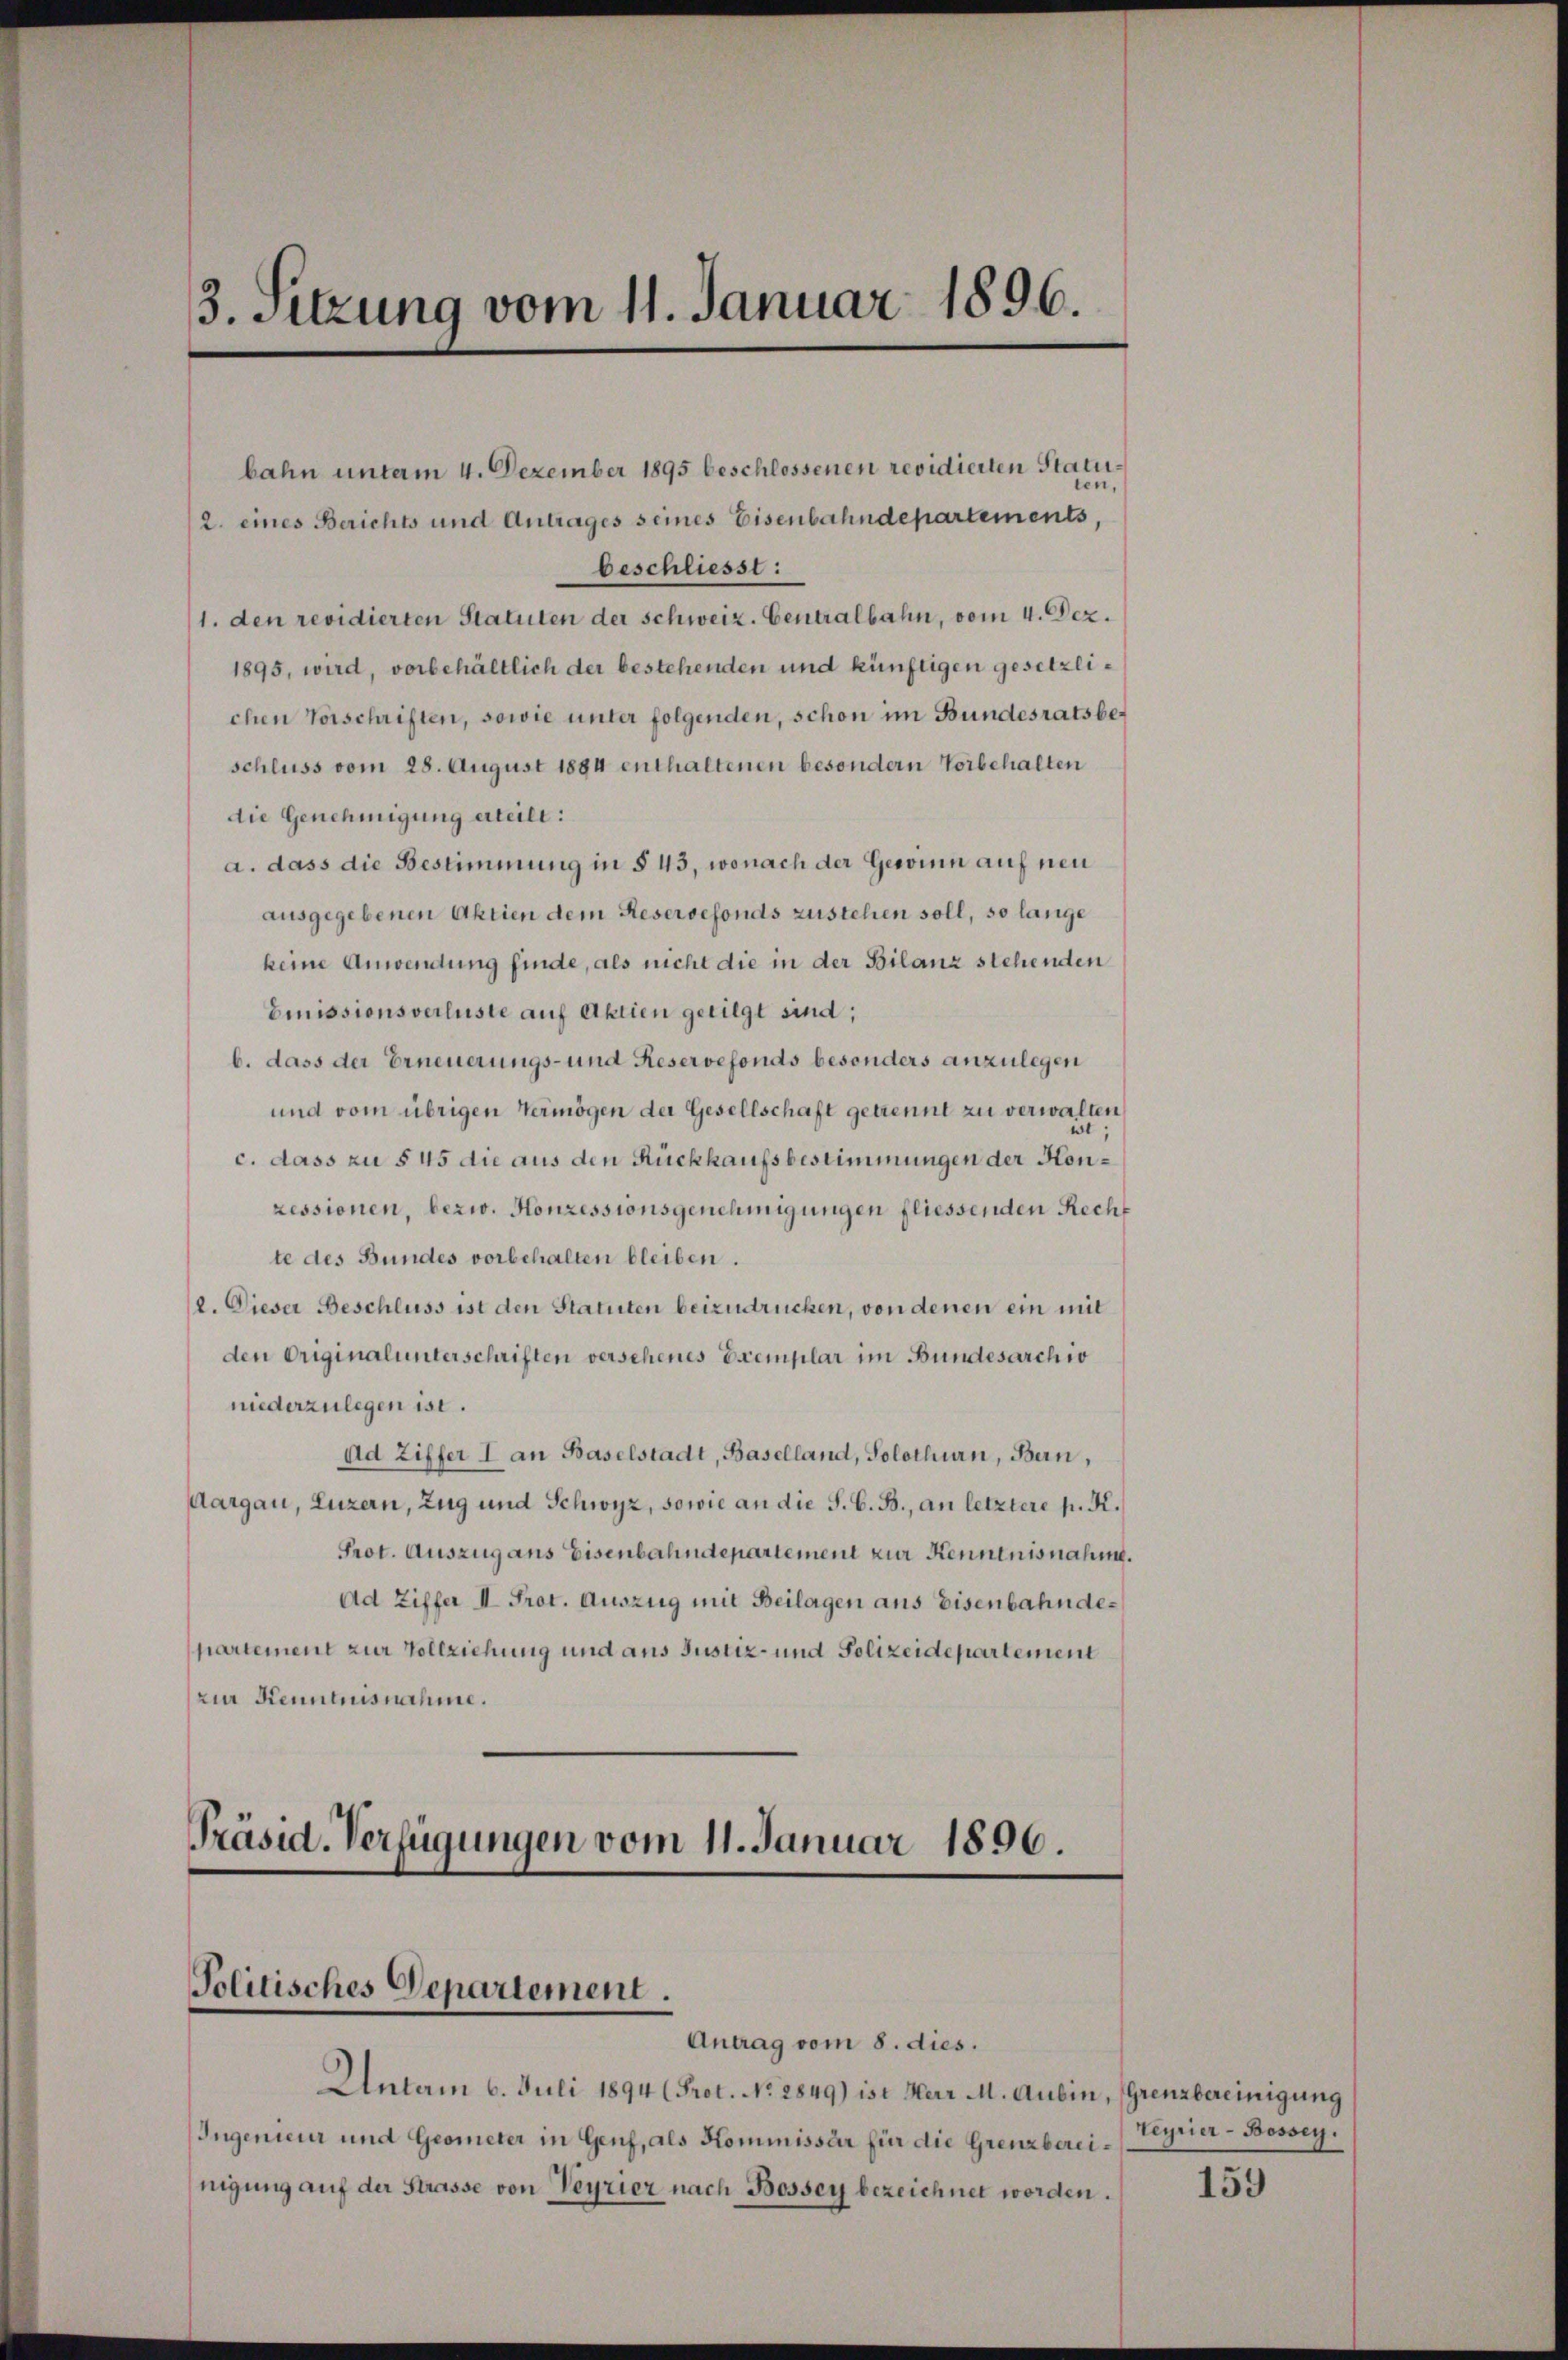
3. Sitzung vom 11. Januar 1896.

schluss vom 28. August 1884 enthaltenen besondern Vorbehalten
die Genehmigung erteilt:
a. dass die Bestimmung in § 43, wonach der Gewinn auf neu
ausgegebenen Aktien dem Reservefonds zustehen soll, so lange
keine Anwendung finde, als nicht die in der Bilanz stehenden
Emissionsverluste auf Aktien getilgt sind;
b. dass der Erneuerungs- und Reservefonds besonders anzulegen
und vom übrigen Vermögen der Gesellschaft getrennt zu verwalten
c. dass zu § 45 die aus den Rückkaufsbestimmungen der Honressionen, bezw. Konzessionsgenehmigungen fliessenden Recht
te des Bundes vorbehalten bleiben.
2. Dieser Beschluss ist den Statuten beizudrücken, von denen ein mit
den Originalunterschriften verschenes Exemplar im Bundesarchio
niederzulegen ist.
Ad Ziffer I an Baselstadt, Baselland, Solothurn, Bern,
Aargau, Luzern, Zug und Schwyz, sowie an die S. G. B., an letztere p. K.
Prot. Auszug ans Eisenbahndepartement zur Kenntnisnahm.
Ad Ziffer II. Prot. Auszug mit Beilagen aus Eisenbahndepartement zur Vollziehung und aus Justiz- und Polizeidepartement
zur Kenntnisnahme.

Präsid. Verfügungen vom 11. Januar 1890.
Politisches Departement.
Antrag vom 8. dies.

bahn unterm 4. Dezember 1895 beschlossenen revidierten Statu¬
2. eines Berichts und Antrages seines Eisenbahndepartements,
beschliesst:
1. den revidierten Statuten der Schweiz. Centralbahn, vom 4. Dez.
1895, wird, vorbehältlich der bestehenden und künftigen gesetzlichen Vorschriften, sowie unter folgenden, schon im Bundesratsbe¬

Untam 6. Juli 1894 (Prot. No. 2849) ist Herr M. Aubin, (Grenzbereinigung
Ingenieur und Geometer in Genf, als Kommissär für die Grenzbereinigung auf der Strasse von Veyrier nach Bossey bezeichnet worden.

Teyrier-Bossey.

159